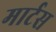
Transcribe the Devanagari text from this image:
मार्टस